Vaccination in Bombay 1889-1901 - 1889-1901
Year: 1889
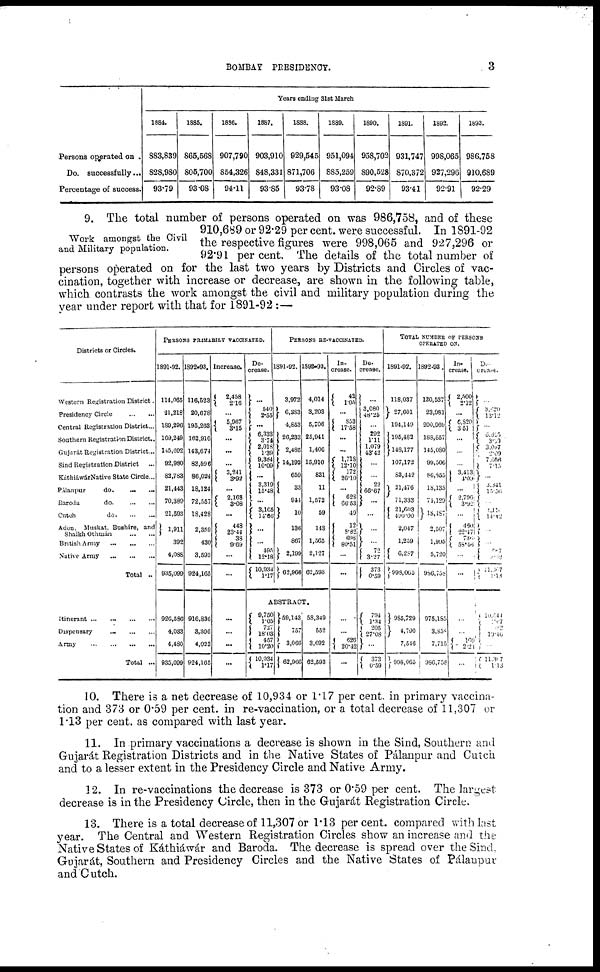
3
BOMBAY PRESIDENCY.
Persons operated on .
Do. successfully...
Percentage of success.
Years ending 31st March
1884.
883,839
828,980
93.79
1885.
865,568
805,700
93.08
1886.
907,790
854,326
94.11
1887.
903,910
848,331
93.85
1888.
929,545
871,706
93.78
1889.
951,094
885,259
93.08
1890.
958,702
890,528
92.89
1891.
931,747
870,372
93.41
1892.
998,065
927,296
92.91
1893.
986,758
910,689
92.29
Work amongst the Civil
and Military population.
9. The total number of persons operated on was 986,758, and of these
910,689 or 92.29 per cent. were successful. In 1891-92
the respective figures were 998,065 and 927,296 or
92.91 per cent. The details of the total number of
persons operated on for the last two years by Districts and Circles of vac-
cination, together with increase or decrease, are shown in the following table,
which contrasts the work amongst the civil and military population during the
year under report with that for 1891-92 :—
Districts or Circles.
Western Registration District.
Presidency Circle
...
...
Central Registration District...
Southern Registration District..
Gujarát Registration District...
Sind Registration District ...
KáthiáwárNative State Circle...
Pálanpur
do. ... ...
Baroda
do.
...
...
Cutch
do. ... ...
Aden, Muskat, Bushire, and
Shaikh othmán ... ...
British Army
...
...
...
Native Army
...
...
...
Total ..
Itinerant...
...
...
...
Dispensary
...
...
...
Army
...
...
...
...
Total ...
PERSONS PRIMARILY VACCINATED.
1891-92.
114,065
21,218
189,296
169,249
145,692
92,980
82,783
21,443
70,389
21,593
1,911
392
4,088
935,099
926,586
4,033
4,480
935,099
1892-93.
116,523
20,678
195,263
162,916
143,674
83,596
86,024
18,124
72,557
18,428
2,359
430
3,593
924,165
916,836
3,306
4,023
924,165
Increase.
2,458
2.16
... 5,067
3.15
...
...
... 3,241
3.92
...
2,168
3.08
...
448
23.44
38
9.69
...
...
...
...
...
De-
crease.
... 540
2.55
... 6,333
3.74
2,018
1.39
9,384
10.09
...
3,319
15.48
...
3,165
14.66
...
...
495
12.18
10,934
1.17
PERSONS RE-VACCINATED.
1891-92.
3,972
6,383
4,853
26,233
2,485
14,192
659
33
944
10
136
867
2,199
62,966
1892-93.
4,014
3,203
5,706
25,941
1,406
15,910
831
11
1,572
59
148
1,565
2,127
62,593
ABSTRACT.
9,750
1.05
727
18.03
457
10.20
10,934
1.17
59,143
757
3,066
62,966
58,349
552
3,692
62,593
In-
crease.
42
105
...
853
17.58
...
...
1,718
12.10
172
26.10
... 628
66.53
49
12
8.82
698
80.51
...
...
...
...
626
20.42
...
De¬
crease.
...
3,080
48.25
... 292
1.11
1,079
43.42
...
... 22
66.67
...
...
...
... 72
3.27
373
0.59
794
1.34
205
27.08
...
373
0.59
TOTAL NUMBER OF PERSONS
OPERATED ON.
1891-92.
118,037
27,601
194,149
195,482
148,177
107,172
83,442
21,476
71,333
21,603
400.00
2,047
1,259
6,287
998,065
985,729
4,790
7,546
998,065
1892-93 .
120,537
23,981
200,969
188,857
145,080
99,506
86,855
18,135
74,129
18,487
2,507
1,995
5,720
986,758
975,185
3,858
7,715
986,758
In¬
crease.
2,500
2.12
... 6,820
3.51
... ...
...
3,413
4.09
... 2,796
3.92
460
22.47
736
58.46
...
...
...
...
169
2.2
...
De¬
------.
...
3,620
13.12
... 6,625
3.89
3,097
2.09
7,666
7.15
...
3,841
15.56
... 8,115
14.42
...
... 567
9.02
11,367
1.13
10,544
1.07
82
19.46
...
11,307
1.13
10. There is a net decrease of 10,934 or 1.17 per cent. in primary vaccina-
tion and 373 or 0.59 per cent. in re-vaccination, or a total decrease of 11,307 or
1.13 per cent. as compared with last year.
11. In primary vaccinations a decrease is shown in the Sind, Southern and
Gujarát Registration Districts and in the Native States of Pálanpur and Cutch
and to a lesser extent in the Presidency Circle and Native Army.
12. In re-vaccinations the decrease is 373 or 0.59 per cent. The largest
decrease is in the Presidency Circle, then in the Gujarát Registration Circle.
13. There is a total decrease of 11,307 or 1.13 per cent. compared with last
year. The Central and Western Registration Circles show an increase and the
Native States of Káthiáwár and Baroda. The decrease is spread over the Sind.
Gujarát, Southern and Presidency Circles and the Native States of Pálanpur
and Cutch.